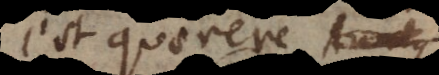
est quaerere Analy